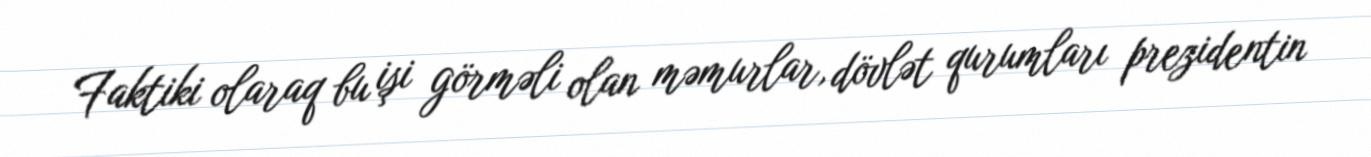
Faktiki olaraq bu işi görməli olan məmurlar, dövlət qurumları prezidentin